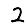
Digit: 2